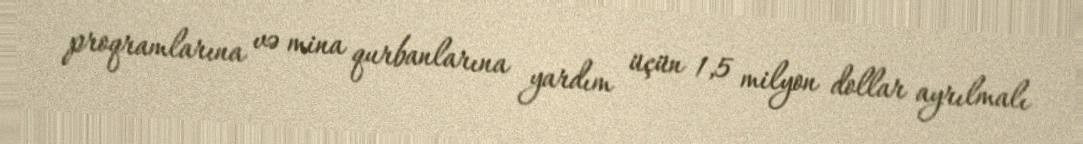
proqramlarına və mina qurbanlarına yardım üçün 1,5 milyon dollar ayrılmalı